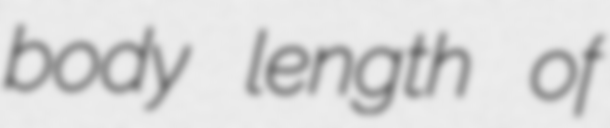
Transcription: body length of